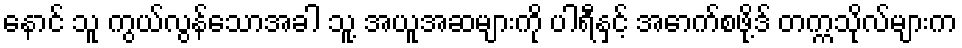
နောင် သူ ကွယ်လွန်သောအခါ သူ့ အယူအဆများကို ပါရီနှင့် အောက်စဖို့ဒ် တက္ကသိုလ်များက